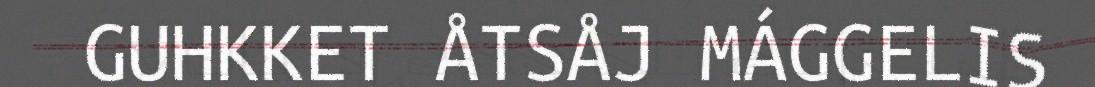
GUHKKET ÅTSÅJ MÁGGELIS